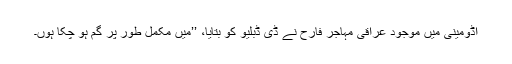
اڈومینی میں موجود عراقی مہاجر فارح نے ڈی ڈبلیو کو بتایا، ’’میں مکمل طور پر گم ہو چکا ہوں۔